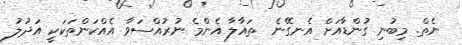
ނެތް. މިބުނި ގުންޑާއަށް އެނގޭނެ  ތައާލާ އެންމެ ނުރުއްސަވާ އެއްކަންތަކަކީ އަދުލު